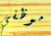
موظفي